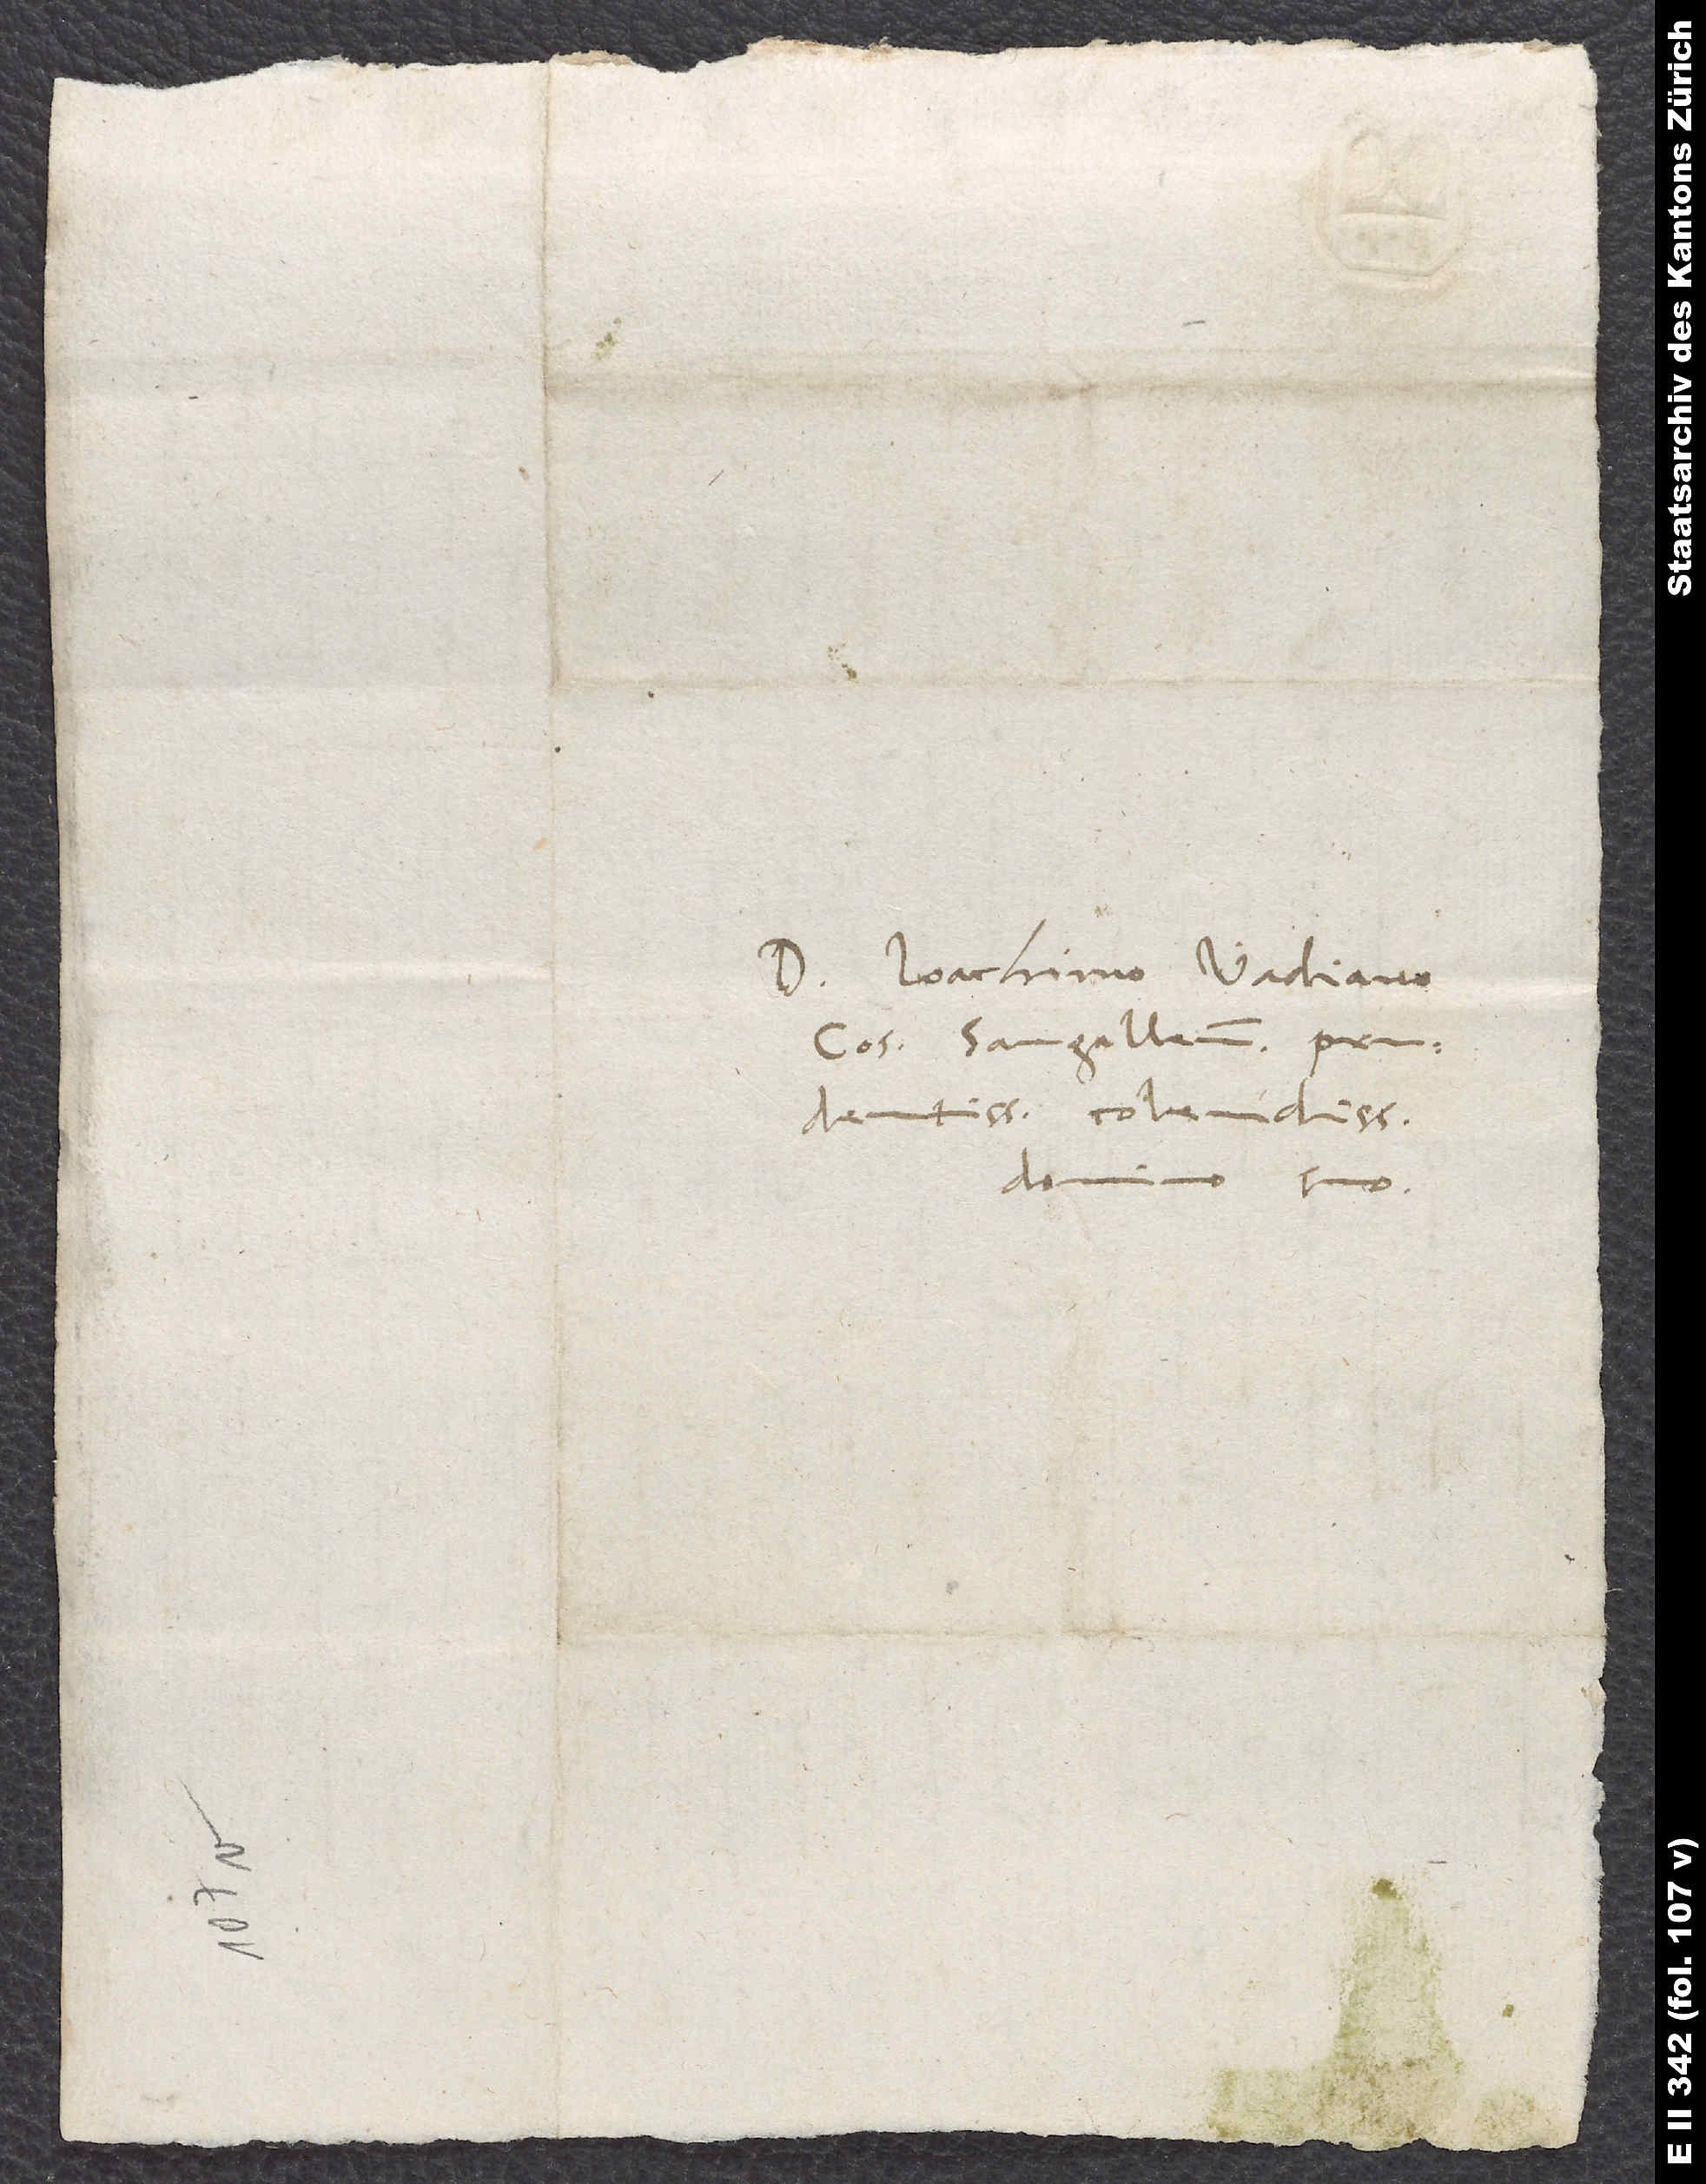
D. Ioachimo Vadiano,
consuli Sangallensi
prudentissimo, colendissimo
domino suo.